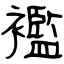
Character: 襤